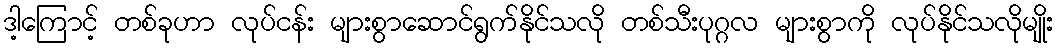
ဒါ့ကြောင့် တစ်ခုဟာ လုပ်ငန်း များစွာဆောင်ရွက်နိုင်သလို တစ်သီးပုဂ္ဂလ များစွာကို လုပ်နိုင်သလိုမျိုး